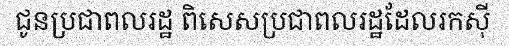
ជូនប្រជាពលរដ្ឋ ពិសេសប្រជាពលរដ្ឋដែលរកស៊ី